Reports on military cantonments and civil stations in the Presidency of Bombay inspected by the Sanitary Commissioner in the years 1875 and 1876
Year: 1875
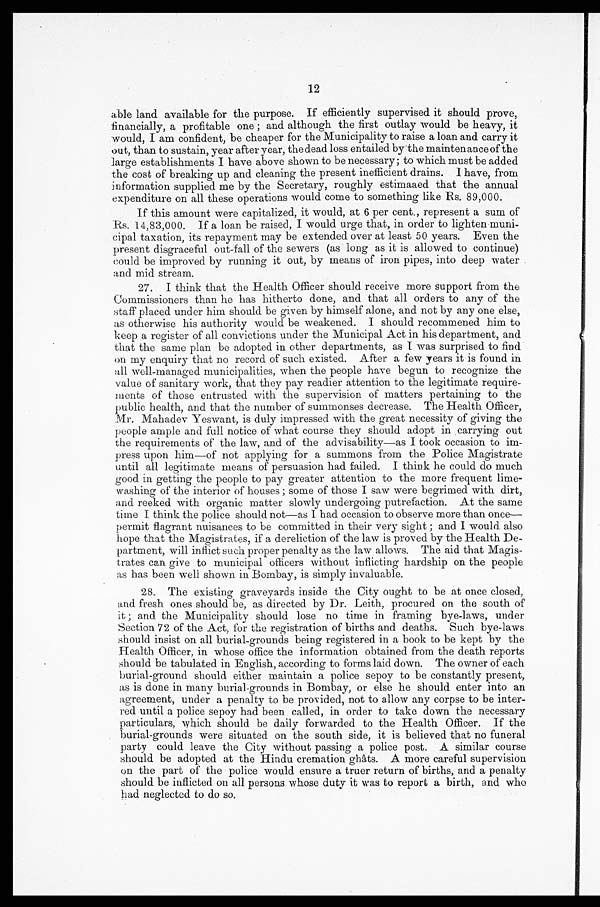
12
able land available for the purpose. If efficiently supervised it should prove,
financially, a profitable one; and although the first outlay would be heavy, it
would, I am confident, be cheaper for the Municipality to raise a loan and carry it
out, than to sustain, year after year, the dead loss entailed by the maintenance of the
large establishments I have above shown to be necessary; to which must be added
the cost of breaking up and cleaning the present inefficient drains. I have, from
information supplied me by the Secretary, roughly estimaaed that the annual
expenditure on all these operations would come to something like Rs. 89,000.
If this amount were capitalized, it would, at 6 per cent., represent a sum of
Rs. 14,83,000. If a loan be raised, I would urge that, in order to lighten muni
-cipal taxation, its repayment may be extended over at least 50 years. Even the
present disgraceful out-fall of the sewers (as long as it is allowed to continue)
could be improved by running it out, by means of iron pipes, into deep water
and mid stream.
27. I think that the Health Officer should receive more support from the
Commissioners than he has hitherto done, and that all orders to any of the
staff placed under him should be given by himself alone, and not by any one else,
as otherwise his authority would be weakened. I should recommened him to
keep a register of all convictions under the Municipal Act in his department, and
that the same plan be adopted in other departments, as I was surprised to find
on my enquiry that no record of such existed. After a few years it is found in
all well-managed municipalities, when the people have begun to recognize the
value of sanitary work, that they pay readier attention to the legitimate require
- m e n t s o f t h o s e e n t r u s t e d w i t h t h e s u p e r v i s i o n o f m a t t e r s p e r t a i n i n g t o t h e
public health, and that the number of summonses decrease. The Health Officer,
Mr. Mahadev Yeswant, is duly impressed with the great necessity of giving the
people ample and full notice of what course they should adopt in carrying out
the requirements of the law, and of the advisability—as I took occasion to im
- p r e s s u p o n h i m — o f n o t a p p l y i n g f o r a s u m m o n s f r o m t h e P o l i c e M a g i s t r a t e
until all legitimate means of persuasion had failed. I think he could do much
good in getting the people to pay greater attention to the more frequent lime-
washing of the interior of houses; some of those I saw were begrimed with dirt,
and reeked with organic matter slowly undergoing putrefaction. At the same
time I think the police should not—as I had occasion to observe more than once—
permit flagrant nuisances to be committed in their very sight; and I would also
hope that the Magistrates, if a dereliction of the law is proved by the Health De
-partment, will inflict such proper penalty as the law allows. The aid that Magis
- t r a t e s c a n g i v e t o m u n i c i p a l o f f i c e r s w i t h o u t i n f l i c t i n g h a r d s h i p o n t h e p e o p l e
as has been well shown in Bombay, is simply invaluable.
28. The existing graveyards inside the City ought to be at once closed,
and fresh ones should be, as directed by Dr. Leith, procured on the south of
it; and the Municipality should lose no time in framing bye-laws, under
Section 72 of the Act, for the registration of births and deaths. Such bye-laws
should insist on all burial-grounds being registered in a book to be kept by the
Health Officer, in whose office the information obtained from the death reports
should be tabulated in English, according to forms laid down. The owner of each
burial-ground should either maintain a police sepoy to be constantly present,
a s i s d o n e i n m a n y b u r i a l - g r o u n d s i n B o m b a y , o r e l s e h e s h o u l d e n t e r i n t o a n
agreement, under a penalty to be provided, not to allow any corpse to be inter
- r e d u n t i l a p o l i c e s e p o y h a d b e e n c a l l e d , i n o r d e r t o t a k e d o w n t h e n e c e s s a r y
particulars, which should be daily forwarded to the Health Officer. If the
burial-grounds were situated on the south side, it is believed that no funeral
party could leave the City without passing a police post. A similar course
should be adopted at the Hindu cremation ghâts. A more careful supervision
on the part of the police would ensure a truer return of births, and a penalty
should be inflicted on all persons whose duty it was to report a birth, and who
h a d n e g l e c t e d t o d o s o .